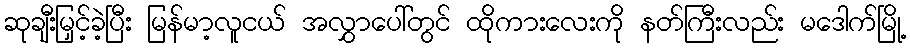
ဆုချီးမြှင့်ခဲ့ပြီး မြန်မာ့လူငယ် အလွှာပေါ်တွင် ထိုကားလေးကို နတ်ကြီးလည်း မဒေါက်မြို့